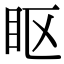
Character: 眍